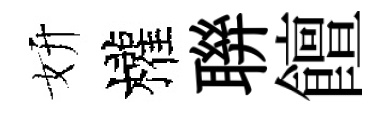
妍權聨饘